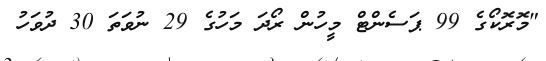
"މޮރޮކޯގެ 99 ޕަސެންޓް މީހުން ރޯދަ މަހުގެ 29 ނުވަތަ 30 ދުވަހު